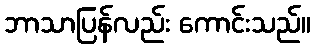
ဘာသာပြန်လည်း ကောင်းသည်။